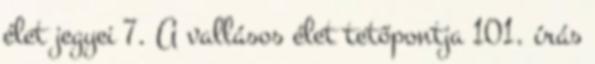
élet jegyei 7. A vallásos élet tetőpontja 101. írás